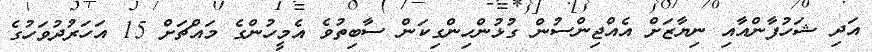
އަދި ޝަހުފާންއާއި ނިޔާޒަށް އެއްޖިންސުން ގުޅުންހިންގިކަން ސާބިތުވެ އެމީހުންގެ މައްޗަށް 15 އަހަރުދުވަހުގެ